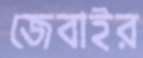
জেবাইর